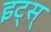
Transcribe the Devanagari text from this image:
इट्स्